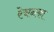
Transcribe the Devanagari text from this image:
रेचनका